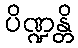
ပိဏ္ဍန္တိ